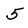
Character: 5